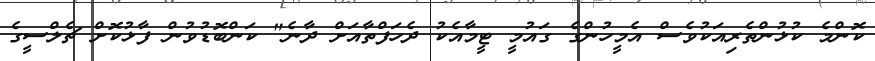
ކޮންމެ ކުޅުންތެރިއަކުވެސް އެމީހުންގެ ގައުމީ ޓީމާއެކު ދެހަފްތާއަށް ދާނެ" ކަންބޮޑުވުން ފާޅުކޮށް ޗެލްސީގެ